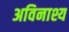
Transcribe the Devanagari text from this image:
अविनाश्य